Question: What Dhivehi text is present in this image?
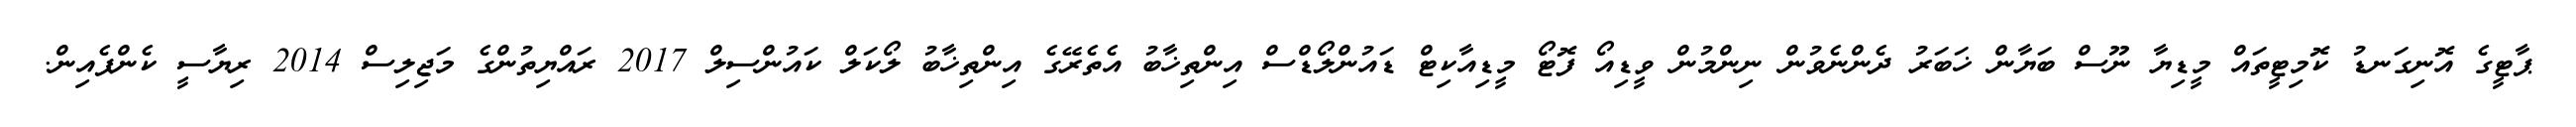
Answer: ޕާޓީގެ އޮނިގަނޑު ކޮމިޓީތައް މީޑިޔާ ނޫސް ބަޔާން ޚަބަރު ދެންނެވުން ނިންމުން ވީޑިއޯ ފޮޓޯ މީޑިއާކިޓް ޑައުންލޯޑްސް އިންތިޚާބު އެތެރޭގެ އިންތިޚާބު ލޯކަލް ކައުންސިލް 2017 ރައްޔިތުންގެ މަޖިލިސް 2014 ރިޔާސީ ކެންޕެއިން.